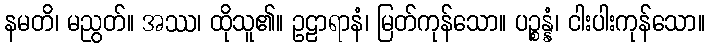
နမတိ၊ မညွတ်။ အဿ၊ ထိုသူ၏။ ဥဠာရာနံ၊ မြတ်ကုန်သော။ ပဉ္စန္နံ၊ ငါးပါးကုန်သော။